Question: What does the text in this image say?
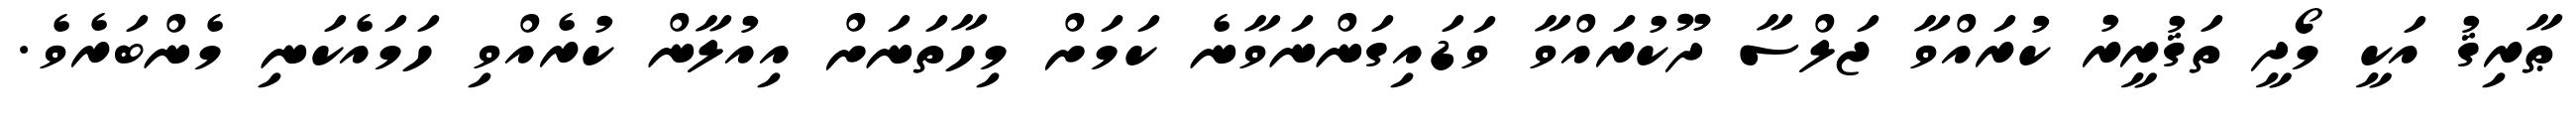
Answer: ޠާރިޤު އަކީ މޯދީ ތަޤުރީރު ކުރައްވާ ޖަލްސާ ދޫކުރައްވާ ވަޑައިގަންނަވާނެ ކަމަށް މިހާތަނަށް އިއުލާން ކުރެއްވި ހަމައެކަނި މެންބަރެވެ.